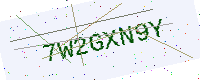
Text: 7W2GXN9Y